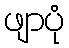
ဖျာပုံ